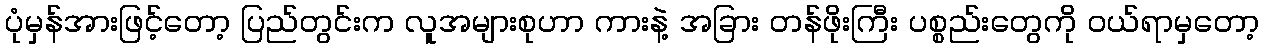
ပုံမှန်အားဖြင့်တော့ ပြည်တွင်းက လူအများစုဟာ ကားနဲ့ အခြား တန်ဖိုးကြီး ပစ္စည်းတွေကို ဝယ်ရာမှတော့